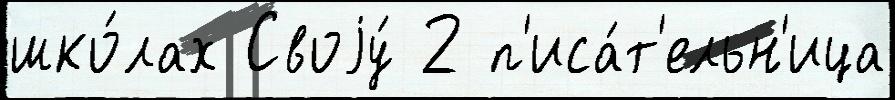
шко́лах Своjу́ 2 п'иса́т'ельн'ица